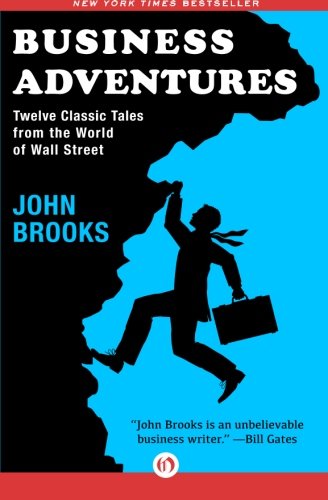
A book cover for Business Adventures: Twelve Classic Tales from the World of Wall Street; John Brooks; Business & Money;